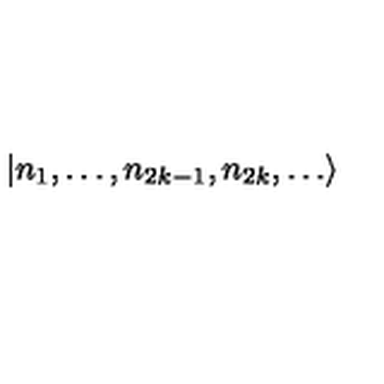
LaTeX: | n _ { 1 } , \dots , n _ { 2 k - 1 } , n _ { 2 k } , \dots \rangle